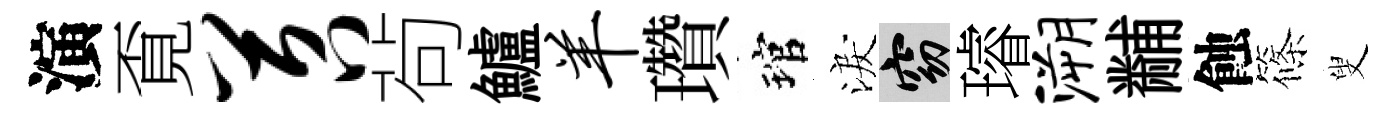
演覔苕茍鱸羊瓚琯淚窈璿溯黼蝕篠叟